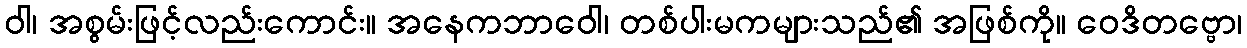
ဝါ၊ အစွမ်းဖြင့်လည်းကောင်း။ အနေကဘာဝေါ၊ တစ်ပါးမကများသည်၏ အဖြစ်ကို။ ဝေဒိတဗ္ဗော၊